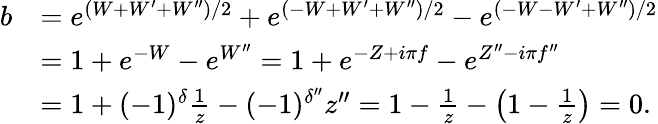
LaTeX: \begin{array}{rl}{b}&{=e^{(W+W^{\prime}+W^{\prime\prime})/2}+e^{(-W+W^{\prime}+W^{\prime\prime})/2}-e^{(-W-W^{\prime}+W^{\prime\prime})/2}}\\ &{=1+e^{-W}-e^{W^{\prime\prime}}=1+e^{-Z+i\pi f}-e^{Z^{\prime\prime}-i\pi f^{\prime\prime}}}\\ &{=1+(-1)^{\delta}\frac{1}{z}-(-1)^{\delta^{\prime\prime}}z^{\prime\prime}=1-\frac{1}{z}-\bigl(1-\frac{1}{z}\bigr)=0.}\end{array}